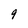
Character: 9